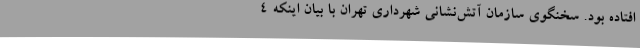
افتاده بود. سخنگوی سازمان آتش‌نشانی شهرداری تهران با بیان اینکه ۴